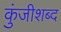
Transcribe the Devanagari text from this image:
कुंजीशब्द